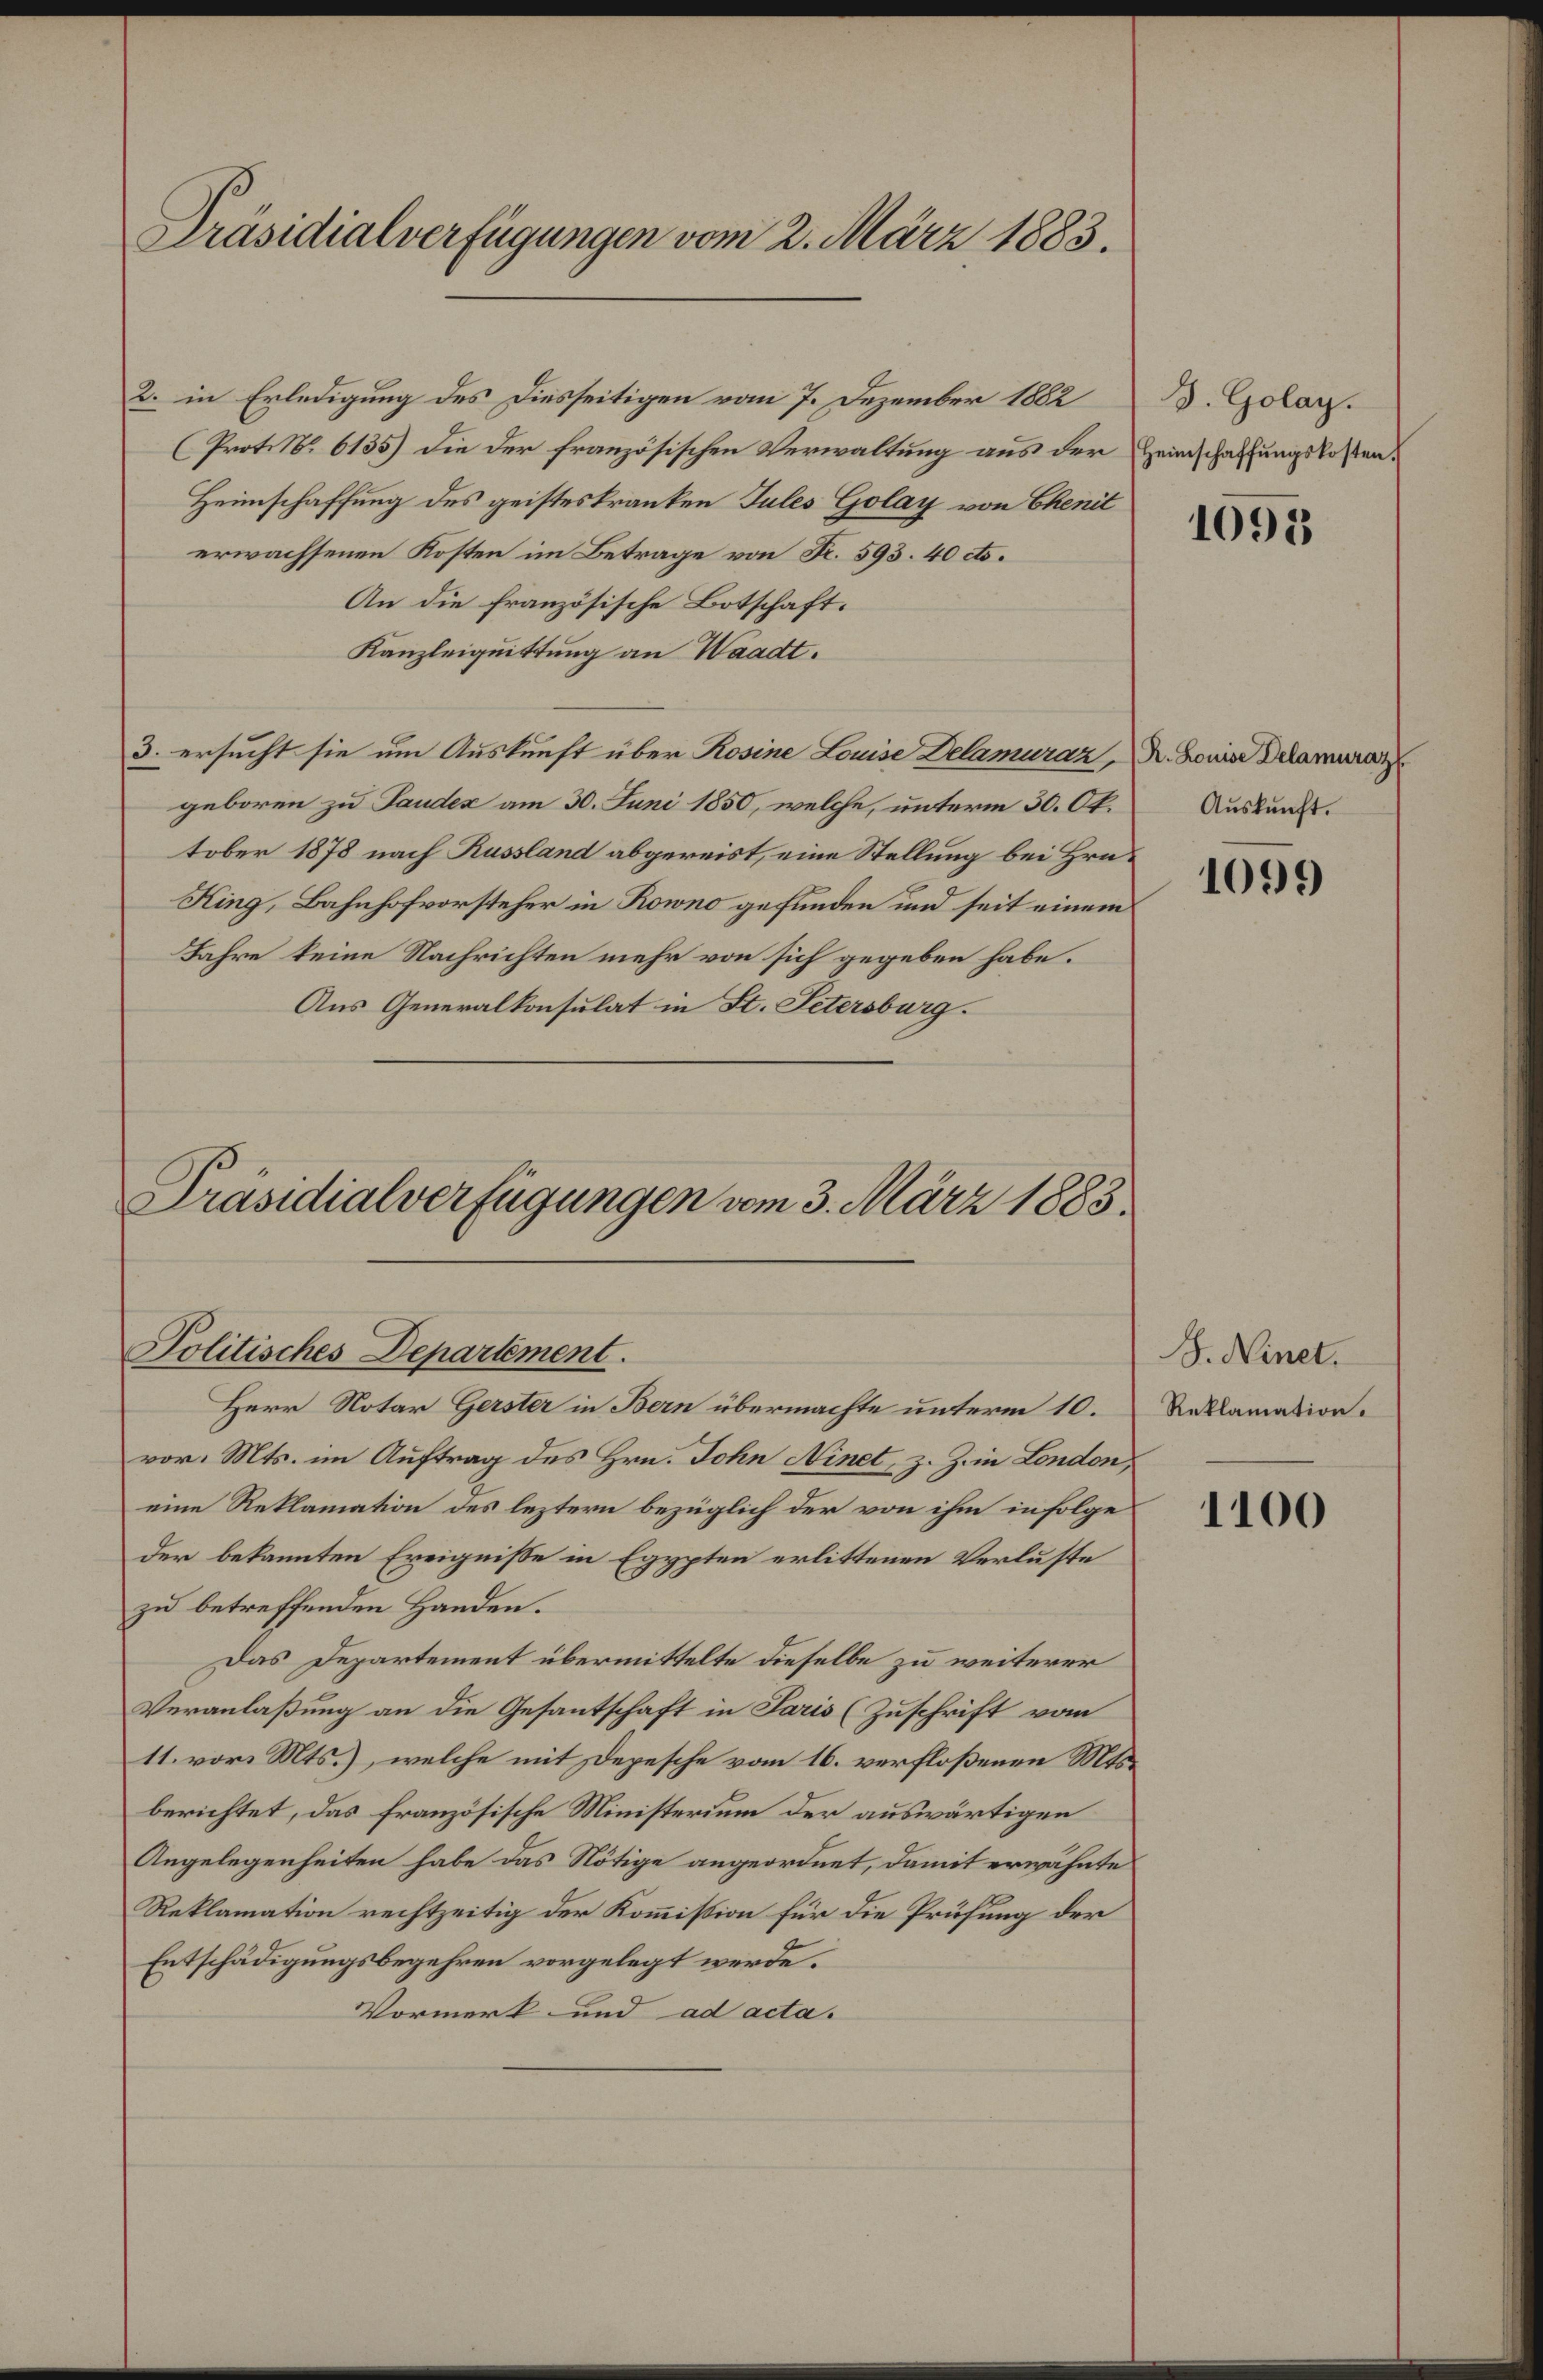
Präsidialverfügungen vom 2. März 1883.

2. in Erledigung des Diesseitigen vom 7. Dezember 1882. Golar.
(Prot. No. 6135) die der französischen Verwaltung aus der Heimschaffungskosten¬
Heimschaffung des geisteskranken Tules Golay von Chenit
erwachsenen Kosten im Betrage von Fr. 593. 40 cts.
An die französische Botschaft.
Kanzleiquittung an Waadt.
3. ersucht sie um Auskunft über Rosine Louise Delamuraz, Dr. Louise Delamerar
geboren zu Paudex am 30. Juni 1850, welche, unterm 30. Oktober 1878 nach Russland abgereist, eine Stellung bei Hrn.
King, Bahnhofvorsteher in Rowno gefunden und seit einem
Jahre keine Nachrichten mehr von sich gegeben habe.
Aus Generalkonsulat in St. Petersburg.
Präsidialverfügungen vom 3. März 1883.

Politisches Departement.
Herr Notar Gerster in Bern übermachte unterm 10.

vor. Mts. im Auftrag des Hrn. John Ninet, z. Zin London,
eine Reklamation des leztern bezüglich der von ihm infolge
der bekannten Ereignisse in Egypten erlittenen Verluste
zu betreffenden Handen.
Das Departement übermittelte dieselbe zu weiterer
Veranlaßung an die Gesantschaft in Paris (Zuschrift vom
11. vor. Mts.), welche mit Depesche vom 16. verfloßenen Misberichtet, das französische Ministerium der auswärtigen
Angelegenheiten habe das Nötige angeordnet, damit erwähnte
Reklamation rechtzeitig der Kommission für die Prüfung der
Entschädigungsbegehren vorgelegt werde.
Vormerk und ad acta.

1095

Auskunft.

1099

B. Ninet.
Reklamation.

1100